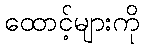
ထောင့်များကို